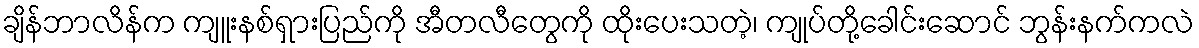
ချိန်ဘာလိန်က ကျူးနစ်ရှားပြည်ကို အီတလီတွေကို ထိုးပေးသတဲ့၊ ကျုပ်တို့ခေါင်းဆောင် ဘွန်းနက်ကလဲ